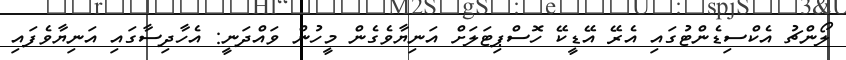
ލޯންޗު އެކްސިޑެންޓުގައި އެރޭ އޭޑީކޭ ހޮސްޕިޓަލަށް އަނިޔާވެގެން މީހުން ވައްދަނީ: އެހާދިސާގައި އަނިޔާވެފައި